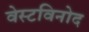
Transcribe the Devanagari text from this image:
वेस्टविनोद